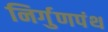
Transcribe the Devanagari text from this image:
निर्गुणपंथ